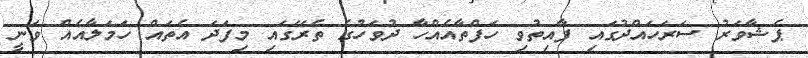
ޕެޝާވަރު ސަރަހައްދުގައި ފާއިތުވި ހަފްތާއެއްހާ ދުވަހުގެ ތެރޭގައި މިފަދަ އެތައް ހަމަލާއެއް ވަނީ